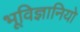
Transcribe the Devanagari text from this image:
भूविज्ञानियो